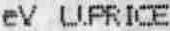
EV U.PRICE